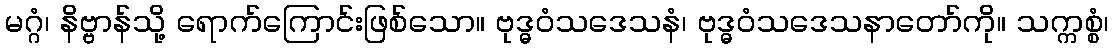
မဂ္ဂံ၊ နိဗ္ဗာန်သို့ ရောက်ကြောင်းဖြစ်သော။ ဗုဒ္ဓဝံသဒေသနံ၊ ဗုဒ္ဓဝံသဒေသနာတော်ကို။ သက္ကစ္စံ၊